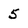
Character: 5